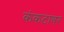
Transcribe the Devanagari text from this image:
कंकटावर